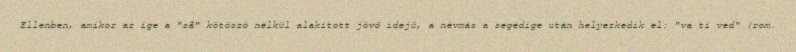
Ellenben, amikor az ige a "sã" kötőszó nélkül alakított jövő idejű, a névmás a segédige után helyezkedik el: "va ti ved" (rom.